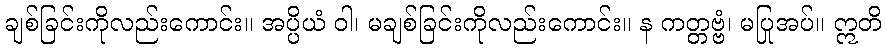
ချစ်ခြင်းကိုလည်းကောင်း။ အပ္ပိယံ ဝါ၊ မချစ်ခြင်းကိုလည်းကောင်း။ န ကတ္တဗ္ဗံ၊ မပြုအပ်။ ဣတိ